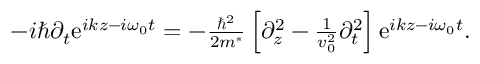
\begin{array} { r } { - i \hbar \partial _ { t } \mathrm { e } ^ { i k z - i \omega _ { 0 } t } = - \frac { \hbar ^ { 2 } } { 2 m ^ { * } } \left[ \partial _ { z } ^ { 2 } - \frac { 1 } { v _ { 0 } ^ { 2 } } \partial _ { t } ^ { 2 } \right] \mathrm { e } ^ { i k z - i \omega _ { 0 } t } . } \end{array}